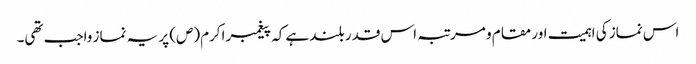
اس نماز کی اہمیت اور مقام و مرتبہ اس قدر بلند ہے کہ پیغمبر اکرم(ص) پر یہ نماز واجب تھی۔